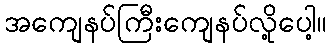
အကျေနပ်ကြီးကျေနပ်လို့ပေါ့။